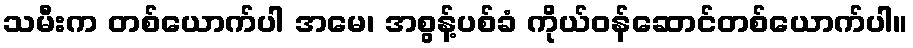
သမီးက တစ်ယောက်ပါ အမေ၊ အစွန့်ပစ်ခံ ကိုယ်ဝန်ဆောင်တစ်ယောက်ပါ။